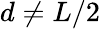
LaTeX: d\ne L/2